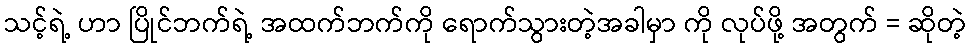
သင့်ရဲ့ ဟာ ပြိုင်ဘက်ရဲ့ အထက်ဘက်ကို ရောက်သွားတဲ့အခါမှာ ကို လုပ်ဖို့ အတွက် = ဆိုတဲ့